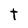
Character: t